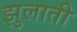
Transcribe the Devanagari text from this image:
झुलाती